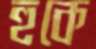
হুকে